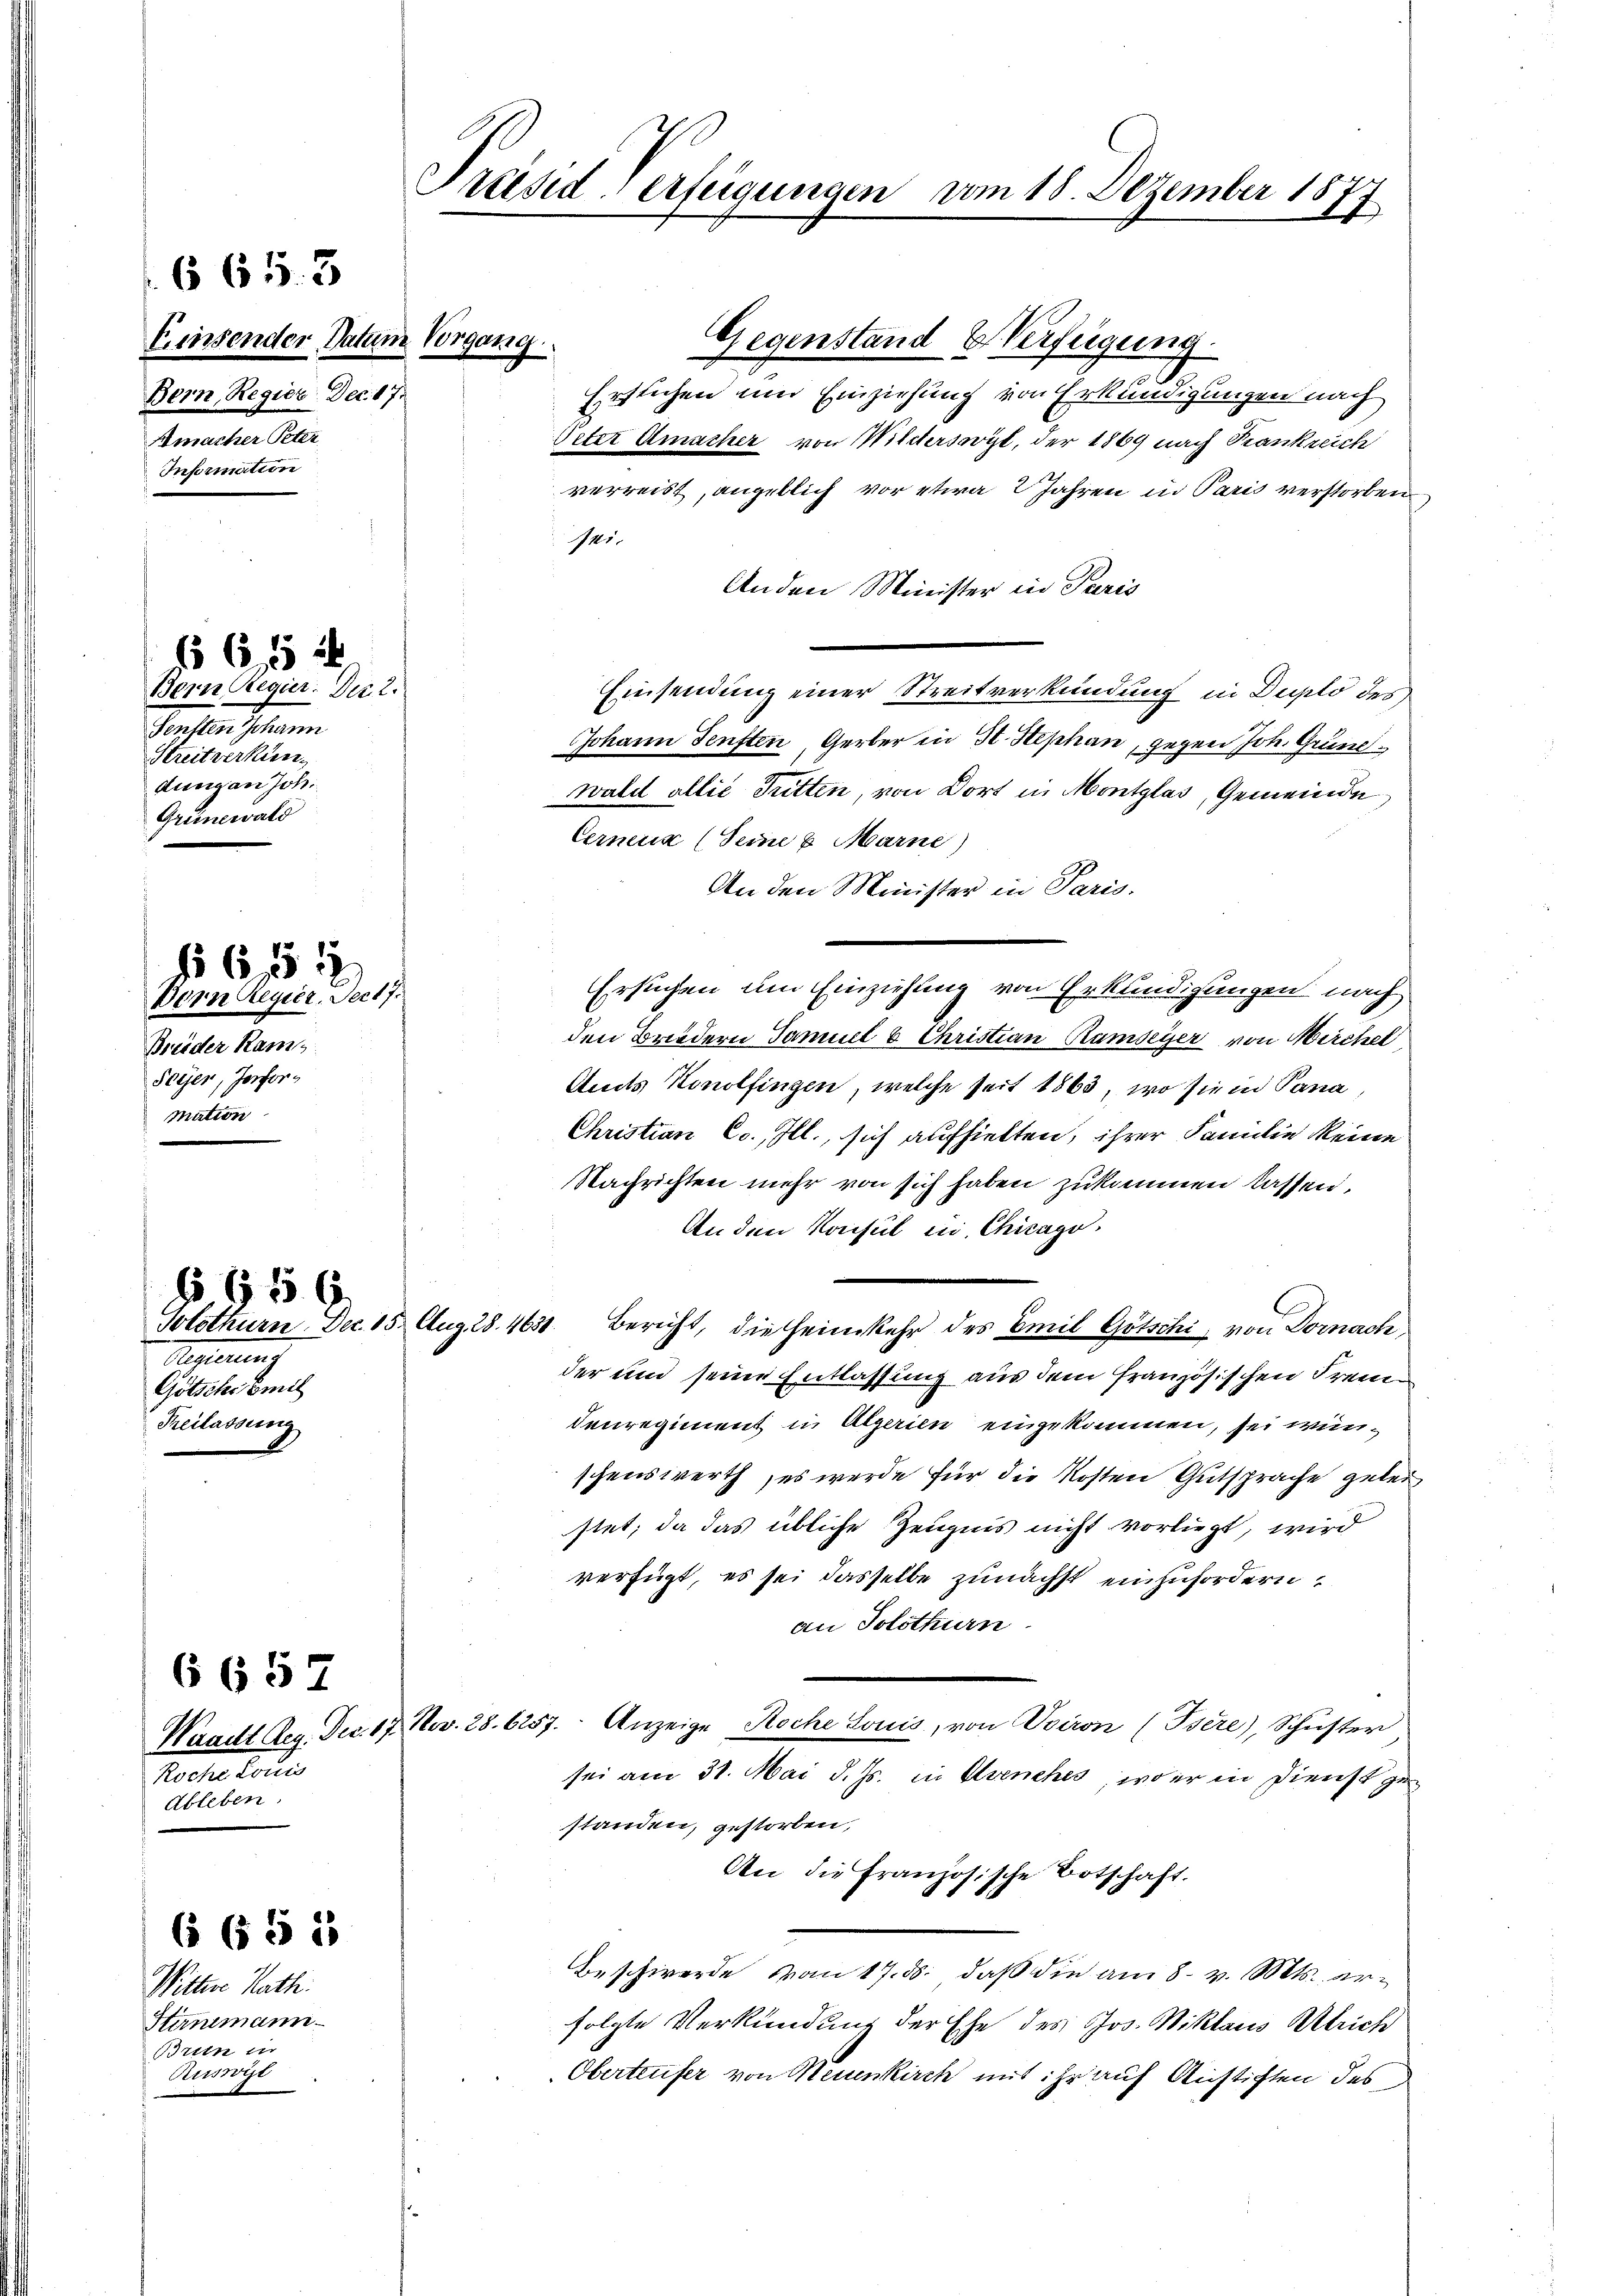
Einsender Datum Vorgang
Bern, Regier Dec. 17.
Amacher Peter
Information

665. 3

§ 615 x
Bern Regier. Der 2.
Fensten Johann
Streitverkün
dung an Joh.
Grünewald

Dern Regier. Dec 17.
Breider Rams
Seien, Jerformation

652

Referung
Götsche Emil
Reilassung

§ 656.

6657
Waadt Reg. Dec. 17.
Recretaris
Ableben.

Wittere Rath.
Stimmimann.
Brin in
Ruswyt

6 6 § 15

Präsiderfeigungen vom 18. Dezember 18
f

Gegenstand Verfügung.
Ertlichen und Einziehung von Erkundigungen nach
Veter Amacher von Wildersorgt, der 1869 nach Krankreich
verreist, angeblich vor etwa 2 Jahren in Paris verstorben
141.
Anden Minister in Paris
Einsendung einer Streitverkündung in Duplo des
Johann Fensten, Gerber in St. Stephan, gegen Joh. Grundwald allié Tritten, von Dort in Montglas, Gemeinde
Cerneur (Seine u Marne)
An den Minister in Paris.
Ersuchen um Einziehung von Erkundigungen nach
den Brodern Samuel 6. Christian Ramseyer von Kirchel,
Audts Konolfingen, welche seit 1863, wo sie in Pana
Christian Cc., Ill., sich aufhielten, ihrer Familie keine
Nachrichten mehr von sich haben zukommen lassen.
An den Konsul ein Chicago
Solothurn. Dec. 15. Aug. 28. 463. Bericht, die Heimkehr des Emil Götschi, von Dornach,
der und seine Entlassung aus dem französischen Fremdenregiment in Algerien eingekommen, sei wünschenswerth, es werde für die Kosten Gutsprache geleg
stet, da das übliche Zeugnis nicht vorliegt, wird
verfügt, es sei dasselbe zunächst einzufordern
an Solothurn
2. Nov. 28. 6257. Anzeige Koche Louis, von Vviron (Isére), Schŭster
sei am 31. Mai d. Js. in Avenches, wo er in Dienst ge
standen, gestorben,
An die Französische Botschaft.
Beschwerde von 17. d. daß die am 8. v. Mts. erfolgte Verkündung der Ehe des Jos. Niklaus Ulrich
Obertrefer von Neuenkirch mit ihr auf Anstiften des d